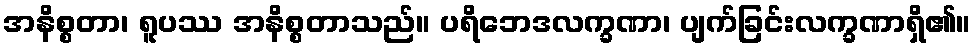
အနိစ္စတာ၊ ရူပဿ အနိစ္စတာသည်။ ပရိဘေဒလက္ခဏာ၊ ပျက်ခြင်းလက္ခဏာရှိ၏။